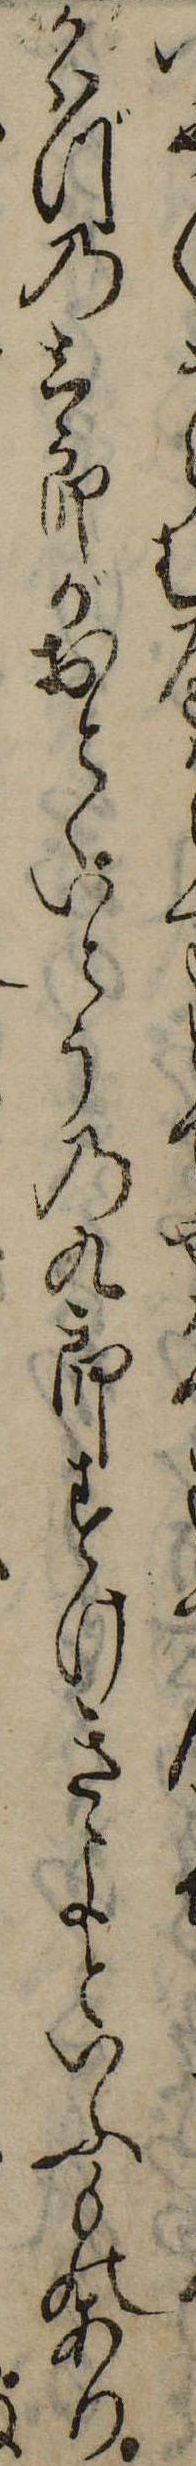
ゆうらかはづの三郎がおとゝいとうの九郎すけきよといふものあり